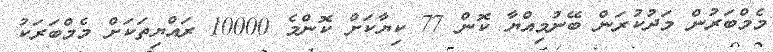
މެމްބަރުން މަދުކުރަން ބޭނުމިއްޔާ ކޮން 77 ކިޔާކަށް ކޮންމެ 10000 ރައްޔިތަކަށް މެމްބަރަކު